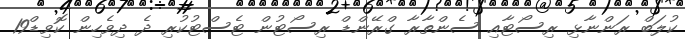
ކުލަބް ރަންނާޅި ރިސޯޓާއި ސެންތާރާ ގްރޭންޑް ރިސޯޓުން ޓެސްޓުކުރި ދެ ދިވެހިން ކޮވިޑް19